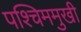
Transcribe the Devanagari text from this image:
पश्चिममुखी